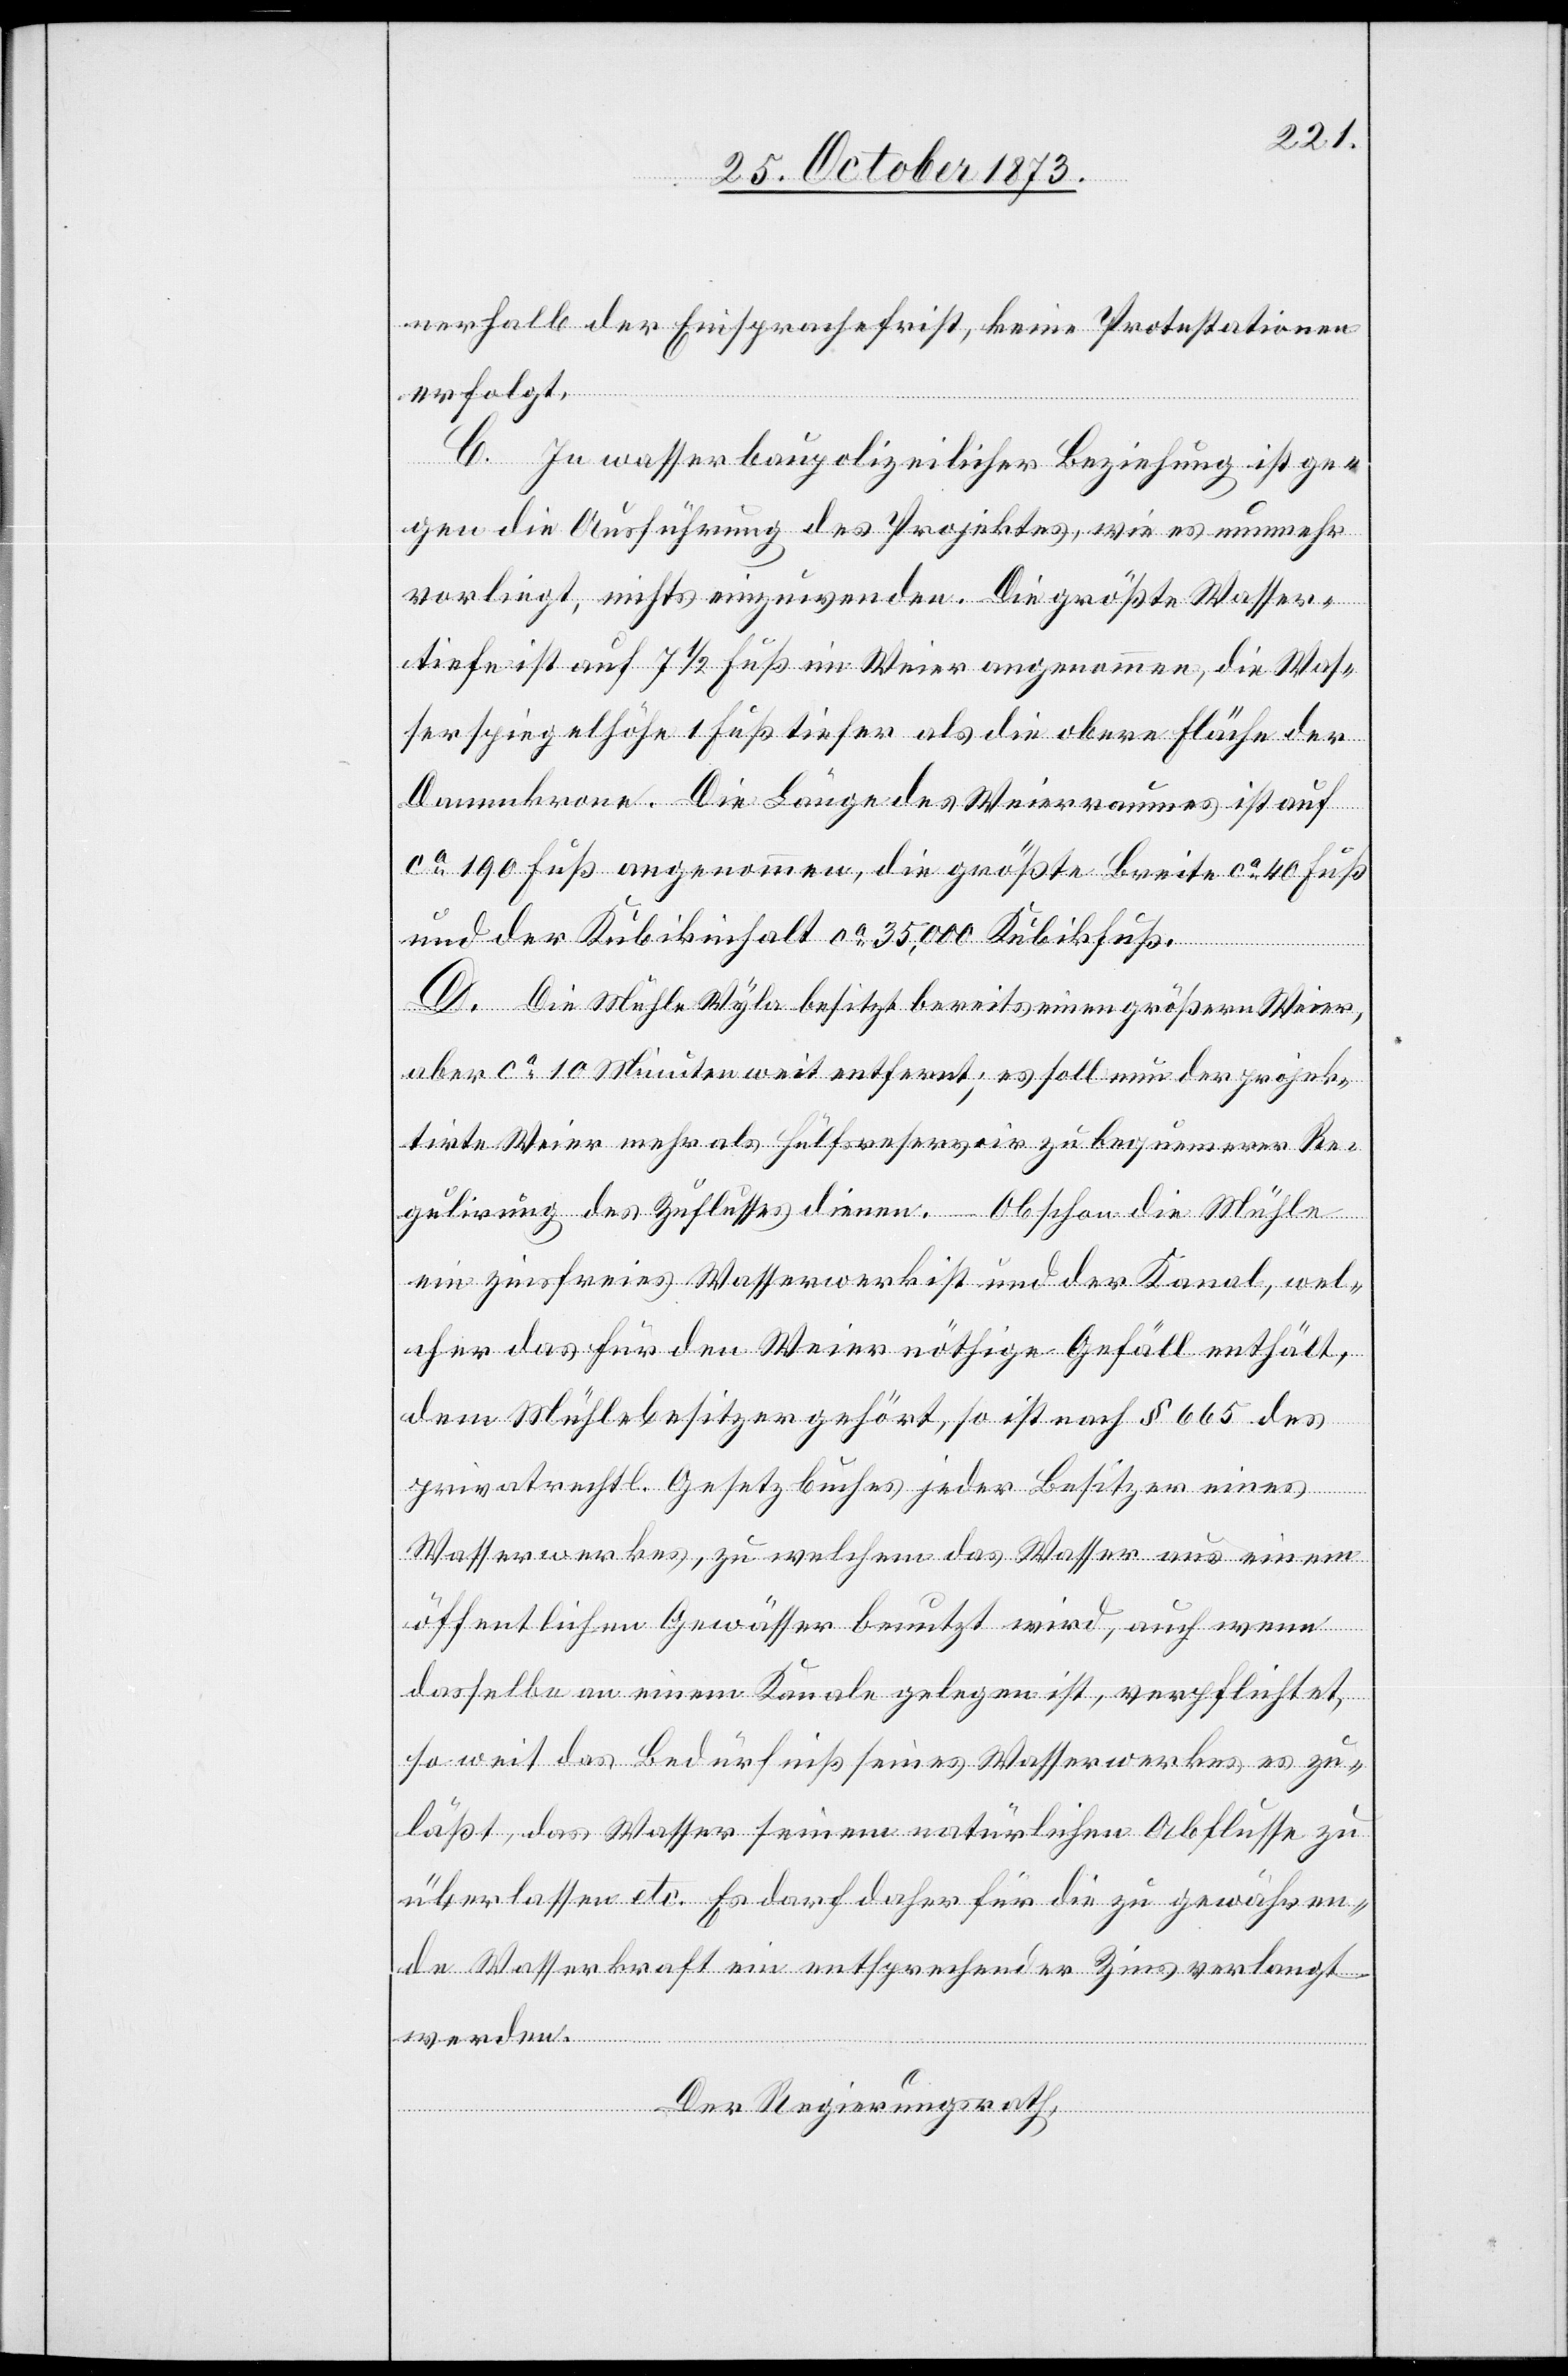
nerhalb der Einsprachefrist, keine Protestationen
erfolgt.
C. In wasserbaupolizeilicher Beziehung ist ge¬
gen die Ausführung des Projektes, wie es nunmehr
vorliegt, nichts einzuwenden. Die größte Wasser¬
tiefe ist auf 7 1/2 Fuß im Weier angenommen, die Was¬
serspiegelhöhe 1 Fuß im Weier angenommen, die Wasserspiegelhöhe 1 Fuß
Dammkrone. Die Länge des Weierraumes ist auf
ca 190 Fuß angenommen, die größte Breite ca 40 Fuß
und der Kubikinhalt ca 35,000 Kubikfuß.
D. Die Mühle Wyla besitzt bereits einen größern Weier,
aber ca 10 Minuten weit entfernt; es soll nun der projek¬
tirte Weier mehr als Hülfsreservoir zu bequemerer Re¬
gulirung des Zuflusses dienen. – Obschon die Mühle
ein zinsfreies Wasserwerk ist und der Kanal, wel¬
cher das für den Weier nöthige Gefäll enthält,
dem Mühlebesitzer gehört, so ist nach § 665 des
privatrechtl. Gesetzbuches jeder Besitzer eines
Wasserwerkes, zu welchem das Wasser aus einem
öffentlichen Gewässer benutzt wird, auch wenn
dasselbe an einem Kanale gelegen ist, verpflichtet,
so weit das Bedürfniß seines Wasserwerkes es zu¬
läßt, das Wasser seinem natürlichen Abflusse zu
überlassen etc. Es darf daher für die zu gewähren¬
de Wasserkraft ein entsprechender Zins verlangt
werden.
Der Regierungsrath,